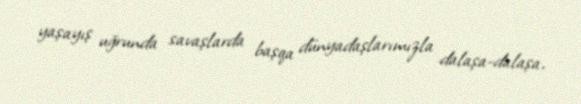
yaşayış uğrunda savaşlarda başqa dünyadaşlarımızla dalaşa-dalaşa,